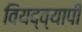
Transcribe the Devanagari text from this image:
वियद्व्यापी